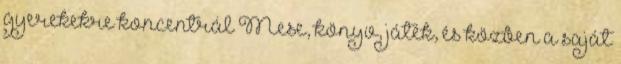
gyerekekre koncentrál Mese, könyv, játék, és közben a saját